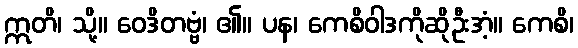
ဣတိ၊ သို့။ ဝေဒိတဗ္ဗံ၊ ၏။ ပန၊ ကေစိဝါဒကိုဆိုဦးအံ့။ ကေစိ၊